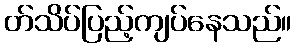
တ်သိပ်ပြည့်ကျပ်နေသည်။